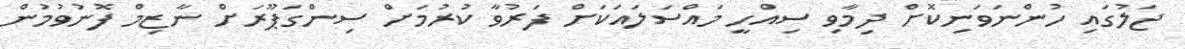
ޖަލުގައި ހުންނަވަނިކޮށް ދިމާވި ސިއްހީ މައްސަލައަކަށް ފަރުވާ ކުރުމަށް ސިންގަޕޫރަށް ނާޒިމް ފޮނުވުމުން